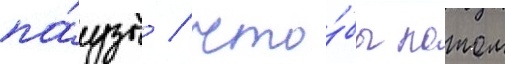
па́узы / что́бы потом